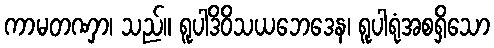
ကာမတဏှာ၊ သည်။ ရူပါဒိဝိသယဘေဒေန၊ ရူပါရုံအစရှိသော